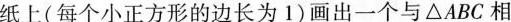
纸上(每个小正方形的边长为1)画出一个与△ABC相